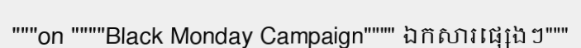
"""on """"Black Monday Campaign"""" ឯកសារផ្សេងៗ"""